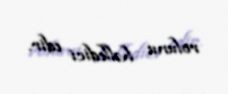
rolunu həlledici edir.